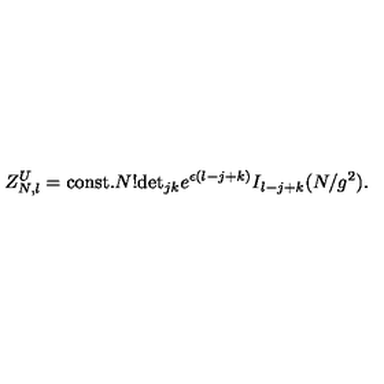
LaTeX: Z _ { N , l } ^ { U } = \mathrm { c o n s t . } N ! \mathrm { d e t } _ { j k } e ^ { \epsilon ( l - j + k ) } I _ { l - j + k } ( N / g ^ { 2 } ) .